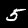
Digit: 5